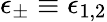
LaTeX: \epsilon_{\pm}\equiv\epsilon_{1,2}